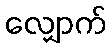
လျှောက်